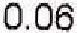
0.06